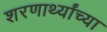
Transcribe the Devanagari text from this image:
शरणार्थ्यांच्या